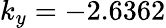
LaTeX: k_{y}=-2.6362